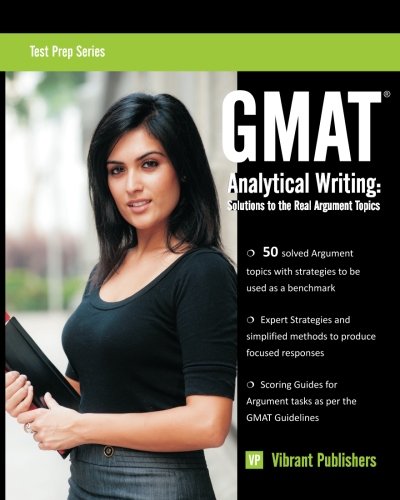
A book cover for GMAT Analytical Writing: Solutions to the Real Argument Topics (Test Prep Series); Vibrant Publishers; Test Preparation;